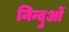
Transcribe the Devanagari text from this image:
निन्दुओं